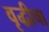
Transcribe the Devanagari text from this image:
वृद्धीचा